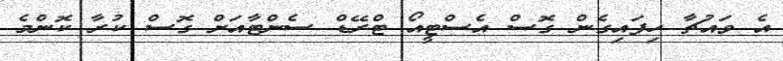
އެ ވައުޗާ ހިފައިގެން ގޮސް އެސްޓީއޯ ޓްރޭޑް ސެންޓާއަށް ގޮސް ކުރާ ކޮންމެ